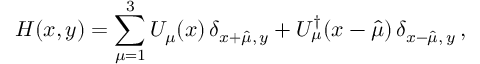
H ( x , y ) = \sum _ { \mu = 1 } ^ { 3 } U _ { \mu } ( x ) \, \delta _ { x + \hat { \mu } , \, y } + U _ { \mu } ^ { \dagger } ( x - \hat { \mu } ) \, \delta _ { x - \hat { \mu } , \, y } \, ,